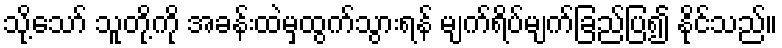
သို့သော် သူတို့ကို အခန်းထဲမှထွက်သွားရန် မျက်ရိပ်မျက်ခြည်ပြ၍ နိုင်သည်။